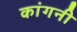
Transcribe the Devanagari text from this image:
कांगनी